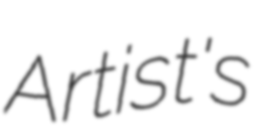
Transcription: Artist's